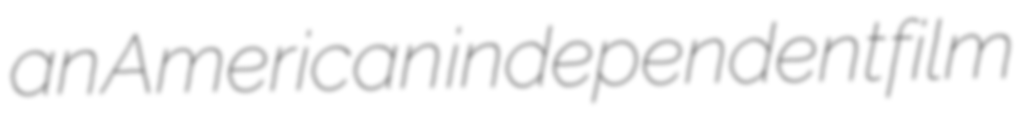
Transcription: an American independent film